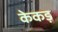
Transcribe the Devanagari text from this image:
केकड़